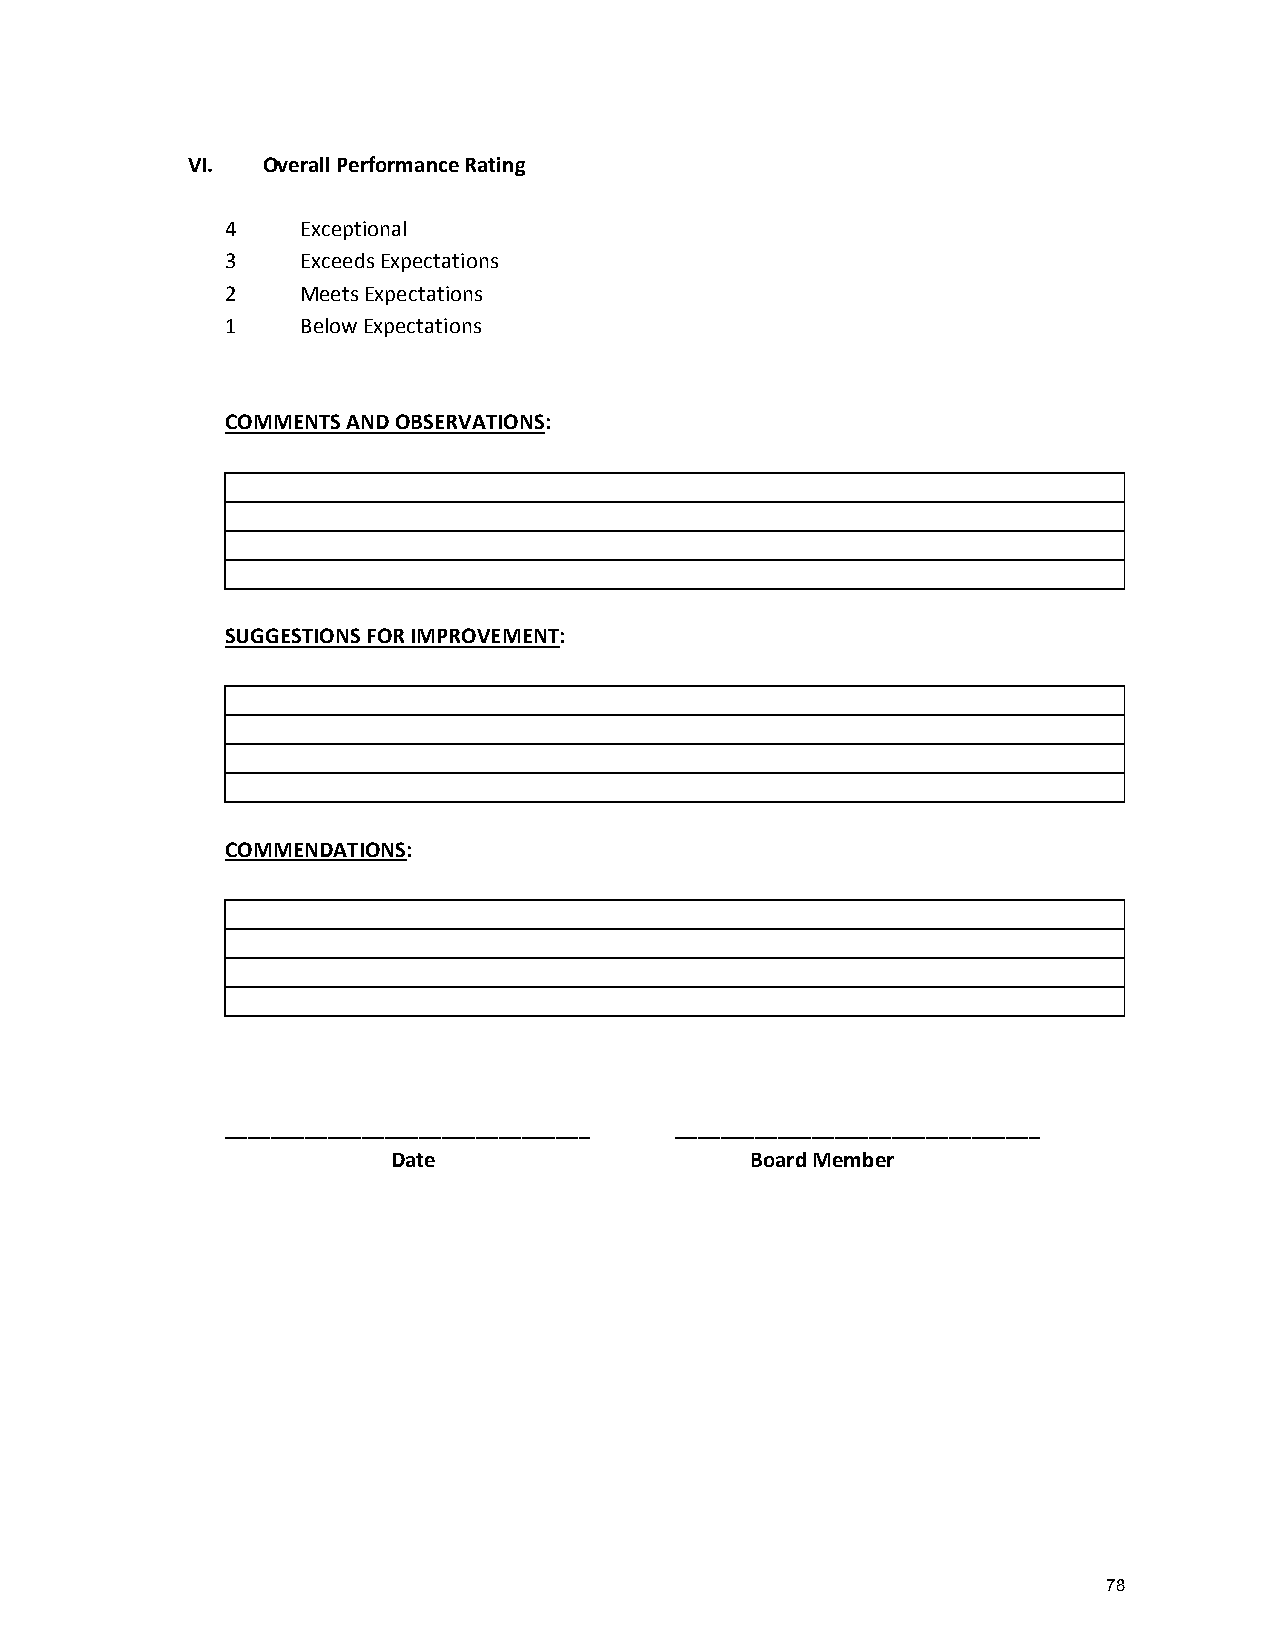
VI.  Overall Performance Rating
 4    Exceptional
 3    Exceeds Expectations
 2    Meets Expectations
 1    Below Expectations
 COMMENTS AND OBSERVATIONS:
 SUGGESTIONS FOR IMPROVEMENT:
 COMMENDATIONS:
 ________________________________ ________________________________
 Date               Board    Member
 78